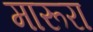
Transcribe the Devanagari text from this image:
मारूरा